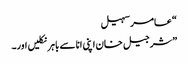
“ عامر سہیل
”شرجیل خان اپنی انا سے باہر نکلیں اور۔